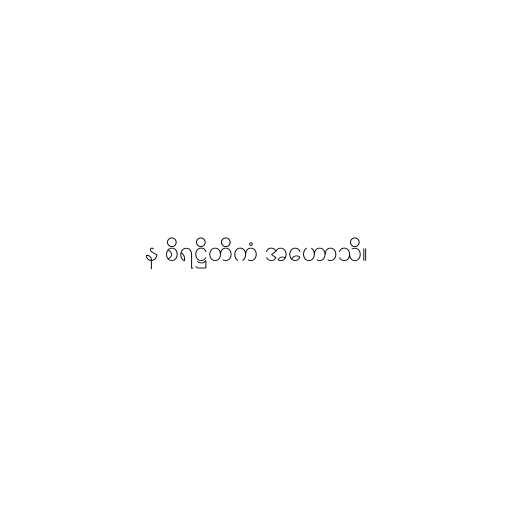
န စိရဋ္ဌိတိကံ အဟောသိ။